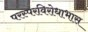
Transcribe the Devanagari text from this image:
परस्परविरोधाभास